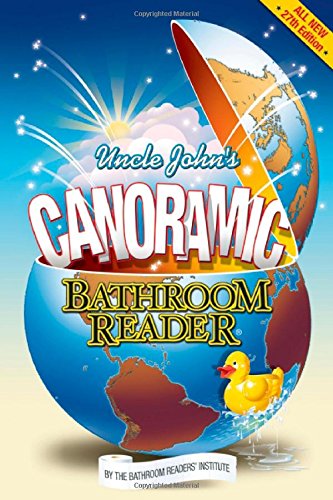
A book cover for Uncle John's Canoramic Bathroom Reader; Bathroom Readers' Institute; Humor & Entertainment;